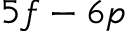
5 f - 6 p